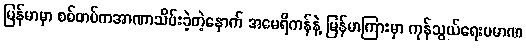
မြန်မာမှာ စစ်တပ်ကအာဏာသိမ်းခဲ့တဲ့နောက် အမေရိကန်နဲ့ မြန်မာကြားမှာ ကုန်သွယ်ရေးပမာဏ